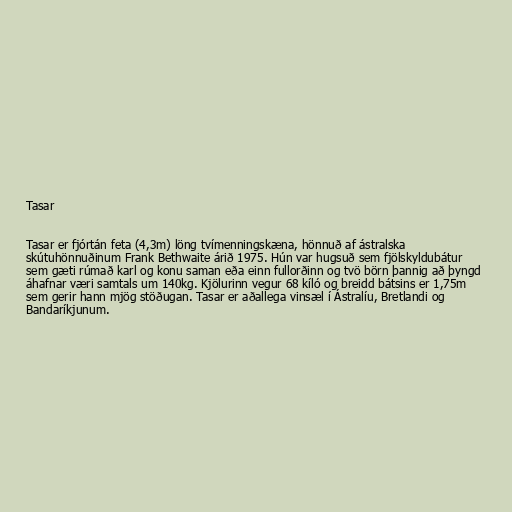
Tasar

Tasar er fjórtán feta (4,3m) löng tvímenningskæna, hönnuð af ástralska
skútuhönnuðinum Frank Bethwaite árið 1975. Hún var hugsuð sem fjölskyldubátur
sem gæti rúmað karl og konu saman eða einn fullorðinn og tvö börn þannig að þyngd
áhafnar væri samtals um 140kg. Kjölurinn vegur 68 kíló og breidd bátsins er 1,75m
sem gerir hann mjög stöðugan. Tasar er aðallega vinsæl í Ástralíu, Bretlandi og
Bandaríkjunum.